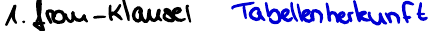
1. from - Klausel  Tabellenherkunft